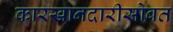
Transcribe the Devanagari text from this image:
कारखानदारीसोबत